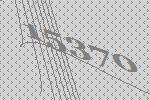
15370